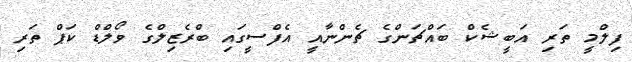
ފިލްމީ ތަރި އަބީޝެކް ބައްޗަންގެ ޗެންނާއީ އެފްސީގައި ބްރެޒިލްގެ ވޯލްޑް ކަޕް ތަރި